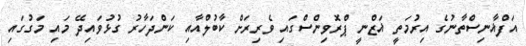
އަފްޣާނިސްތާނުގެ އިރުމަތީ ޣަޒްނީ ޕްރޮވިންސްގައި ވެރިރަށް ކާބުލްއާއި ކަންދަހާރު ގުޅުވައިދޭ މައި މަގުގައި